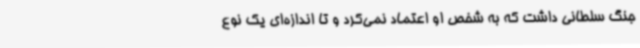
جنگ سلطانی داشت که به شخص او اعتماد نمی‌کرد و تا اندازه‌ای یک نوع